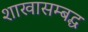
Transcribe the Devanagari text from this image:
शाखासम्बद्ध